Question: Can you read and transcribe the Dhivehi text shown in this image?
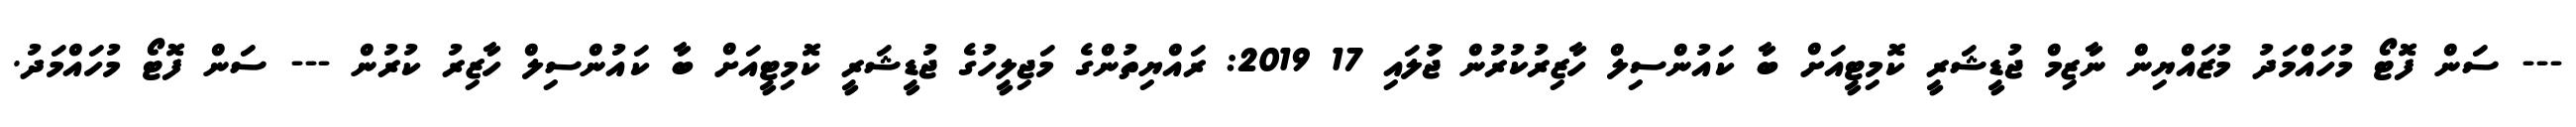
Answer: --- ސަން ފޮޓޯ މުހައްމަދު މުޒައްޔިން ނާޒިމް ޖުޑީޝަރީ ކޮމިޓީއަށް ބާ ކައުންސިލް ހާޒިރުކުރުން ޖުަލައި 17 2019: ރައްޔިތުންގެ މަޖިލީހުގެ ޖުޑީޝަރީ ކޮމިޓީއަށް ބާ ކައުންސިލް ހާޒިރު ކުރުން --- ސަން ފޮޓޯ މުހައްމަދު.